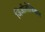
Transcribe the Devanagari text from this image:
जिऑलोजिकल